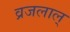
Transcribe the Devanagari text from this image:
व्रजलाल्